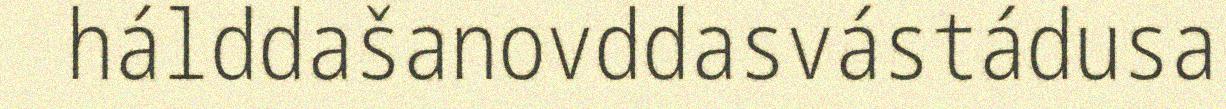
hálddašanovddasvástádusa